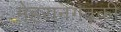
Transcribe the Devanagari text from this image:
मेहरानगढ़की